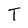
Character: T